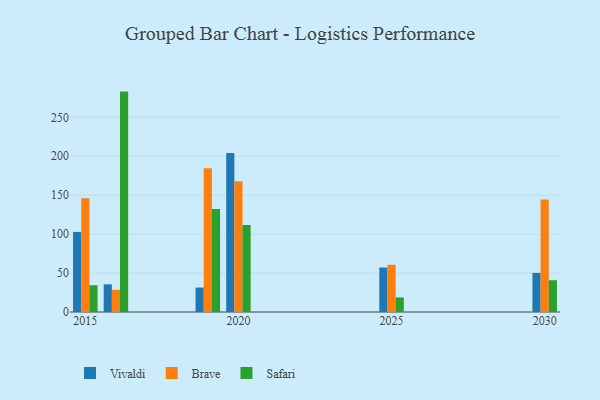
{"axis": {"x": "Year", "y": "Operating Costs (USD K)"}, "legend": ["Brave", "Safari", "Vivaldi"], "data": [{"x": "2016", "y": 35.5, "type": "Vivaldi"}, {"x": "2016", "y": 28.5, "type": "Brave"}, {"x": "2016", "y": 283.0, "type": "Safari"}, {"x": "2015", "y": 102.8, "type": "Vivaldi"}, {"x": "2015", "y": 145.9, "type": "Brave"}, {"x": "2015", "y": 34.4, "type": "Safari"}, {"x": "2030", "y": 50.2, "type": "Vivaldi"}, {"x": "2030", "y": 144.5, "type": "Brave"}, {"x": "2030", "y": 40.8, "type": "Safari"}, {"x": "2020", "y": 204.3, "type": "Vivaldi"}, {"x": "2020", "y": 168.0, "type": "Brave"}, {"x": "2020", "y": 111.6, "type": "Safari"}, {"x": "2025", "y": 57.1, "type": "Vivaldi"}, {"x": "2025", "y": 60.6, "type": "Brave"}, {"x": "2025", "y": 18.7, "type": "Safari"}, {"x": "2019", "y": 31.4, "type": "Vivaldi"}, {"x": "2019", "y": 184.6, "type": "Brave"}, {"x": "2019", "y": 132.3, "type": "Safari"}]}